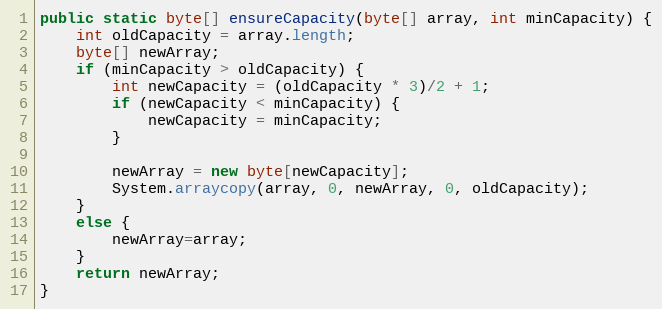
Language: Java
public static byte[] ensureCapacity(byte[] array, int minCapacity) {
	int oldCapacity = array.length;
	byte[] newArray;
	if (minCapacity > oldCapacity) {
	    int newCapacity = (oldCapacity * 3)/2 + 1;
		if (newCapacity < minCapacity) {
			newCapacity = minCapacity;
		}

	    newArray = new byte[newCapacity];
	    System.arraycopy(array, 0, newArray, 0, oldCapacity);
	}
	else {
		newArray=array;
	}
	return newArray;
}